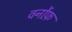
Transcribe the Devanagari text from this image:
वर्नोफ़